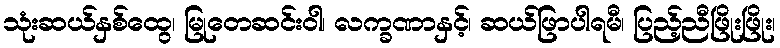
သုံးဆယ်နှစ်ထွေ၊ မြုတေဆင်းဝါ၊ လက္ခဏာနှင့်၊ ဆယ်ဖြာပါရမီ၊ ပြည့်ညီဖြိုးဖြိုး၊